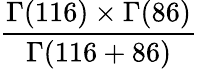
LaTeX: \frac{\Gamma(116)\times\Gamma(86)}{\Gamma(116+86)}